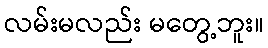
လမ်းမလည်း မတွေ့ဘူး။